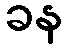
ခန